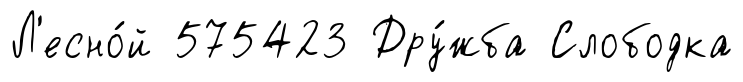
Л'есно́й 575423 Дру́жба Слободка